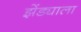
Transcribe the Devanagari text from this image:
झेंड्याला